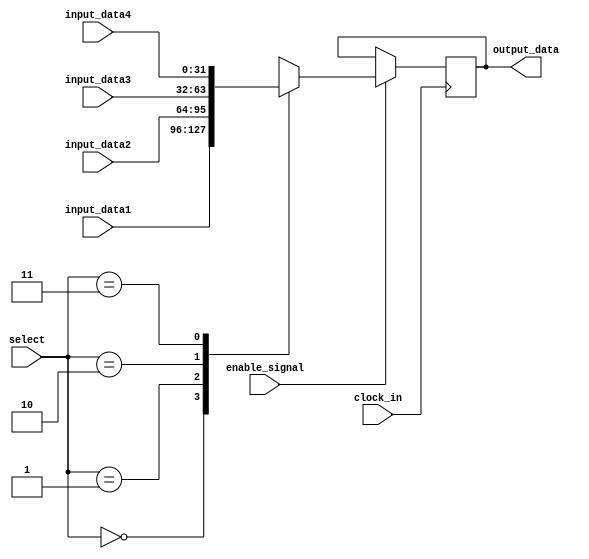
`timescale 1ns / 1ps//z
module mux_for4(input clock_in,input enable_signal,input [1:0]select,
input [31:0]input_data1,input [31:0]input_data2,input [31:0]input_data3,input [31:0]input_data4,output reg [31:0]output_data);
wire [31:0]temp_reg[3:0];
assign temp_reg[0]=input_data1;assign temp_reg[1]=input_data2;assign temp_reg[2]=input_data3;assign temp_reg[3]=input_data4;
always@(negedge clock_in)
begin if(enable_signal)output_data<=temp_reg[select];end endmodule